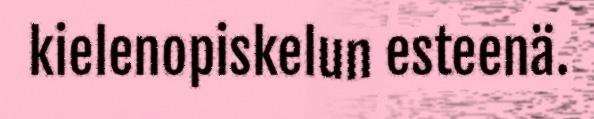
kielenopiskelun esteenä.